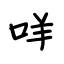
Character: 咩